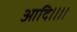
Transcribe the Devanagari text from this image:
आदि।।।।